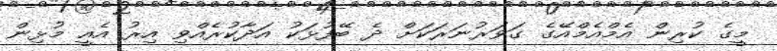
މީގެ ކުރިން އެމްއެމްއޭގެ ގަވަރުނަރަކަށް ދެ ބޭފުޅަކު އަދާކުރެއްވި އިރު އެއީ މުޅިން